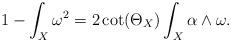
LaTeX: \begin{align*}1-\int_{X}\omega^{2} = 2\cot(\Theta_{X})\int_{X}\alpha\wedge \omega.\end{align*}